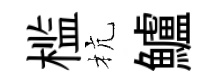
槛杭鱸